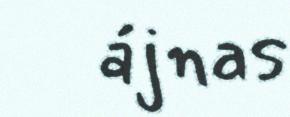
ájnas